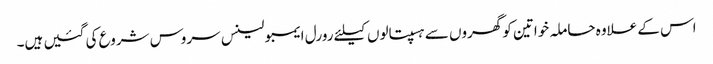
اس کے علاوہ حاملہ خواتین کو گھروں سے ہسپتالوں کیلئے رورل ایمبولینس سروس شروع کی گئیں ہیں۔